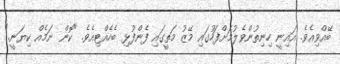
ބޭއްވިއެވެ. އައިނީ ހިނިތުންވެލުމަށްފަހުގައި މޭޒު މަތީގައި ފެންފުޅި ބެހެއްޓިއެވެ. "ކޮން ނަމެއް ކިޔަނީ."